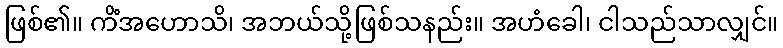
ဖြစ်၏။ ကိံအဟောသိ၊ အဘယ်သို့ဖြစ်သနည်း။ အဟံခေါ၊ ငါသည်သာလျှင်။